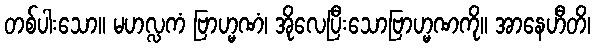
တစ်ပါးသော။ မဟလ္လကံ ဗြာဟ္မဏံ၊ အိုလေပြီးသောဗြာဟ္မဏကို။ အာနေဟီတိ၊